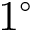
1 ^ { \circ }